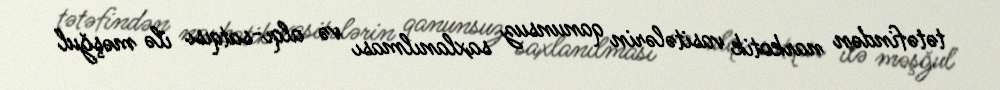
tətəfindən narkotik vasitələrin qanunsuz saxlanılması və alqı-satqısı ilə məşğul